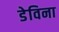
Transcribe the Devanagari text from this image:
डेविना